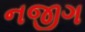
નજીગ